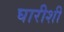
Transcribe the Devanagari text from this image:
घारीशी